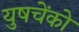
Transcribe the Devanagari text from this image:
युषचेंको